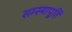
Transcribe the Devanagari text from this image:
सम्स्यापूर्ति